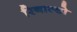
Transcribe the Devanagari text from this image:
रिनाल्डो